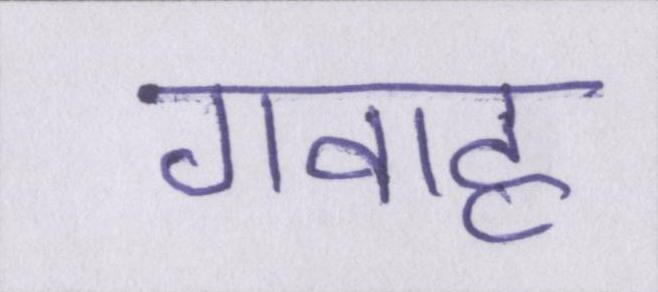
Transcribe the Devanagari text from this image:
गवाह